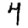
Digit: 4